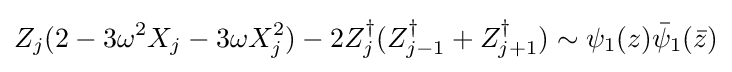
Z_{j}(2-3\omega ^{2}X_{j}-3\omega X_{j}^{2})-2Z_{j}^{\dagger }(Z_{j-1}^{\dagger }+Z_{j+1}^{\dagger })\sim \psi _{1}(z){\bar {\psi }}_{1}({\bar {z}})